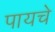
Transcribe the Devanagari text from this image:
पायचे